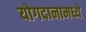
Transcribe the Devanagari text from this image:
योगदानामध्ये